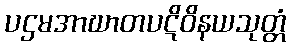
ပဌမအာဃာတပဋိဝိနယသုတ္တံ